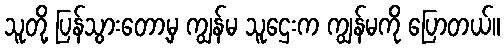
သူတို့ ပြန်သွားတော့မှ ကျွန်မ သူဌေးက ကျွန်မကို ပြောတယ်။